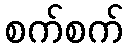
စက်စက်